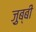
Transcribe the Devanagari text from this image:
ज़ुब्बी